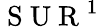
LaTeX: {\mathrm{~S~U~R~}^{1}}